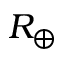
R _ { \oplus }